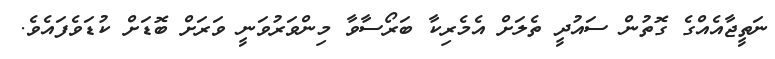
ނަތީޖާއެއްގެ ގޮތުން ސައުދީ ތެލަށް އެމެރިކާ ބަރޯސާވާ މިންވަރުވަނީ ވަރަށް ބޮޑަށް ކުޑަވެފައެވެ.